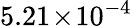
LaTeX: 5.21\! \times\! 10^{-4}